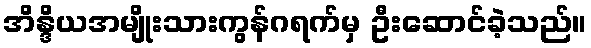
အိန္ဒိယအမျိုးသားကွန်ဂရက်မှ ဦးဆောင်ခဲ့သည်။